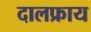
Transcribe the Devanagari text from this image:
दालफ्राय